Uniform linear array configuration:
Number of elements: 12
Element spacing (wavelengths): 1
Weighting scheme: kaiser
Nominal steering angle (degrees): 15
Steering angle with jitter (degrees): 14.143
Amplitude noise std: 0.05
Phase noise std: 0.05

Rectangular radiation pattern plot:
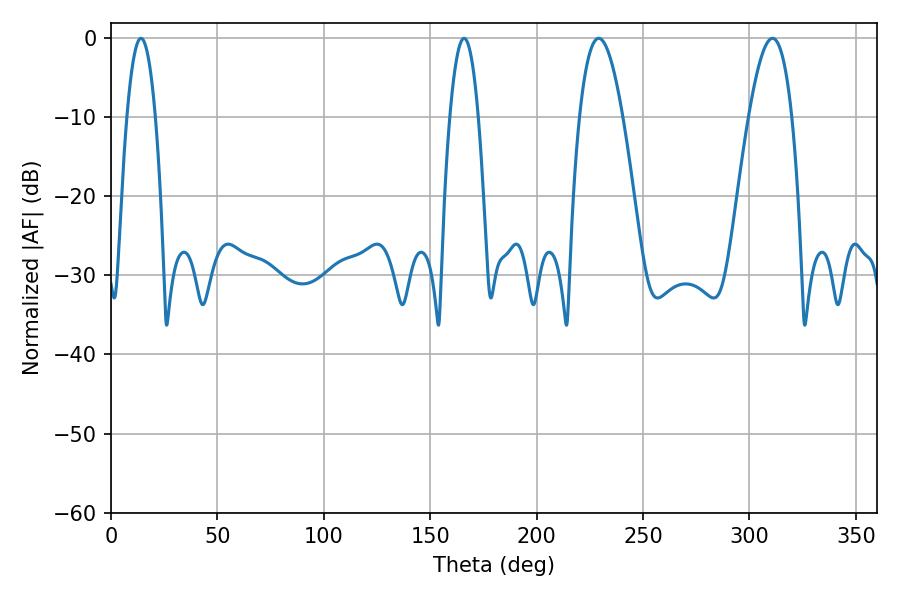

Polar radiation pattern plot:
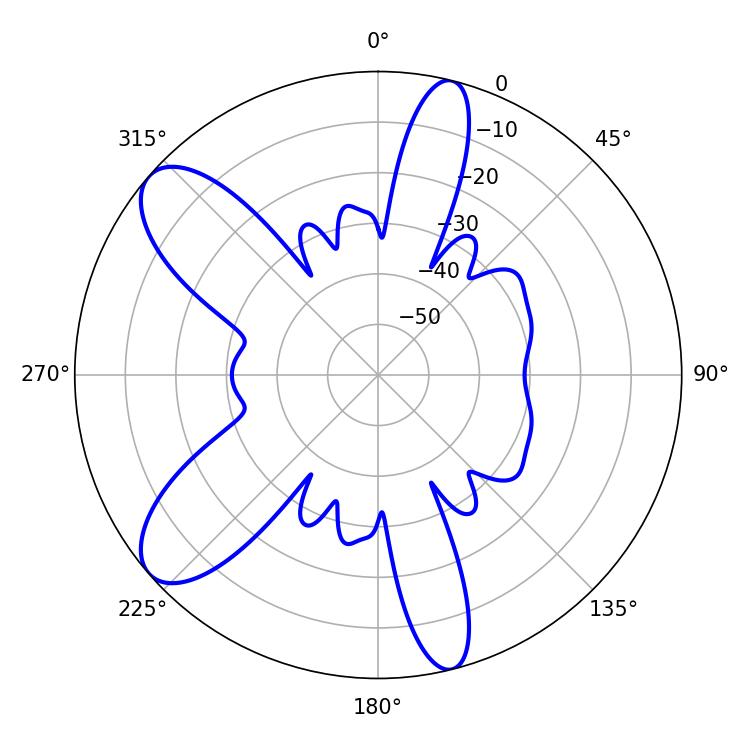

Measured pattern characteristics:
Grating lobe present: TRUE
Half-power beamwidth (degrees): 11.16
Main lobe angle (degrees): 229.14